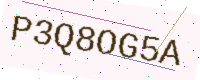
Text: P3Q8OG5A